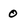
Character: 0